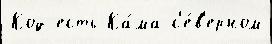
Код есть Ка́ма с'е́в'ерном